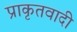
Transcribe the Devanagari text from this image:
प्राकृतवादी